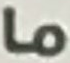
ما